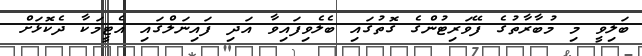
ބަލިވީ މި މުބާރާތުގެ ފޭވަރިޓުންގެ ގޮތުގައި ބެލެވިފައިވާ އަދި ފައިނަލްގައި އެޓީމަކާ ދެކޮޅަށް